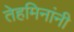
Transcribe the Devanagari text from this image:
तेहमिनांनी